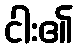
ငါး၏